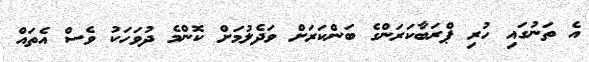
އެ ތަނުގައި ހުރި ޕްރަބާކަރަންގެ ބަންކަރަށް ވަދެލުމަށް ކޮންމެ ދުވަހަކު ވެސް އެތައް